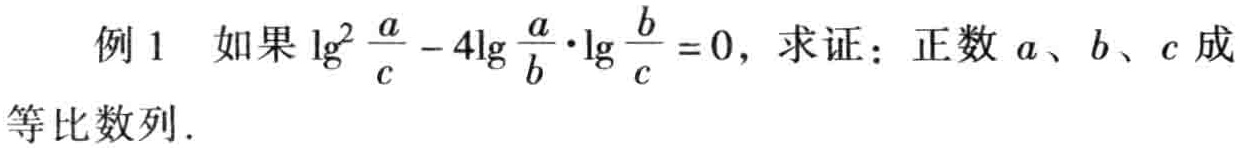
例1 如果\(\lg^{2}\frac{a}{c}-4\lg\frac{a}{b}\cdot\lg\frac{b}{c}=0\)，求证：正数\(a\)、\(b\)、\(c\)成
等比数列.